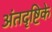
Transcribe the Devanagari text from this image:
अंतदृष्टिके